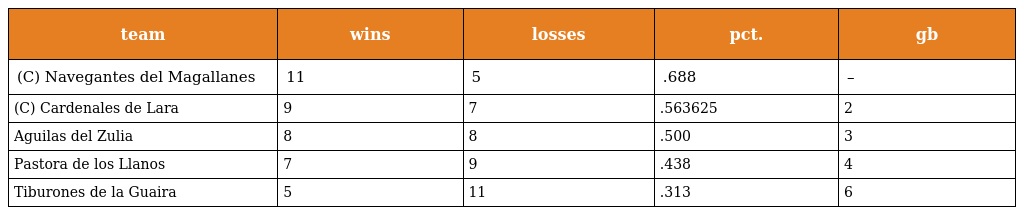
| team | wins | losses | pct. | gb |
 | --- | --- | --- | --- | --- |
 | (C) Navegantes del Magallanes | 11 | 5 | .688 | – |
 | (C) Cardenales de Lara | 9 | 7 | .563625 | 2 |
 | Aguilas del Zulia | 8 | 8 | .500 | 3 |
 | Pastora de los Llanos | 7 | 9 | .438 | 4 |
 | Tiburones de la Guaira | 5 | 11 | .313 | 6 |